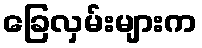
ခြေလှမ်းများက